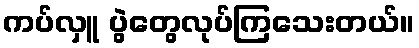
ကပ်လှူ ပွဲတွေလုပ်ကြသေးတယ်။